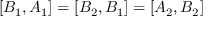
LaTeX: [ B _ { 1 } , A _ { 1 } ] = [ B _ { 2 } , B _ { 1 } ] = [ A _ { 2 } , B _ { 2 } ]